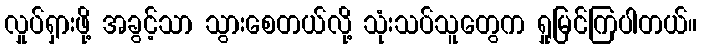
လှုပ်ရှားဖို့ အခွင့်သာ သွားစေတယ်လို့ သုံးသပ်သူတွေက ရှုမြင်ကြပါတယ်။